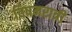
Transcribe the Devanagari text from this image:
विषमरात्री